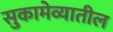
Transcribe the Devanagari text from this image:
सुकामेव्यातील